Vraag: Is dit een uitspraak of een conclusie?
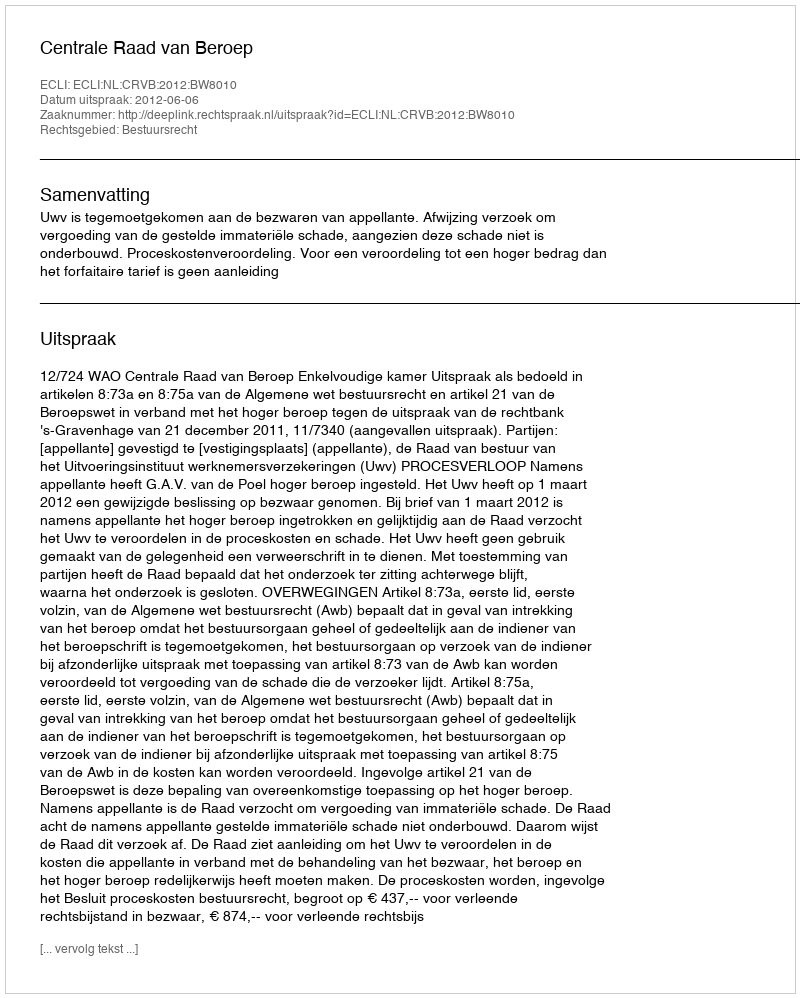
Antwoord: Uitspraak